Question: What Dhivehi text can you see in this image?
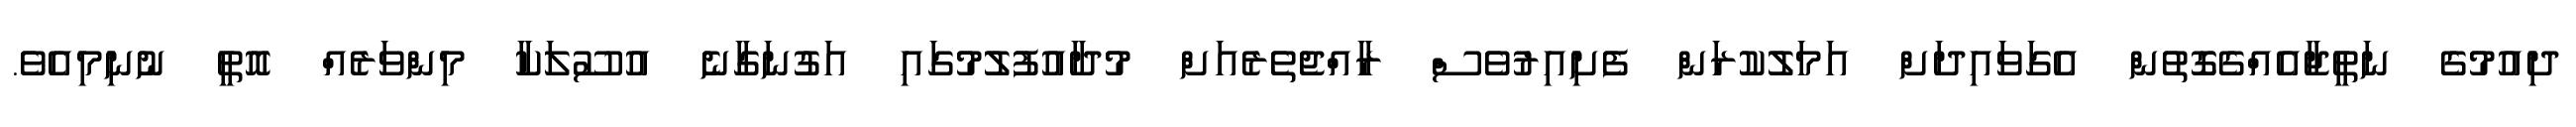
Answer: ދިއުމުގެ ނަތީޖާއެއްގެގޮތުން އެގަވައިދަށް އަމަލުކުރަން ފެށިއިރުވެސް ރާއްޖެތެރެއަށް މުދާއުފުލުމުގައި އަގުނަގާނެ އުސޫލަކާ މިންވަރެއް އޮތީ ނުނިމިއެވެ.